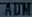
ADMS